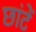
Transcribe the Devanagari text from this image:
छांटें